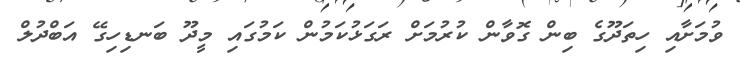
ވުމަށާއި ހިތަދޫގެ ބިން ގޮވާން ކުރުމަށް ރަގަޅުކަމުން ކަމުގައި މީދޫ ބަނޑިހިގޭ އަބްދުލް